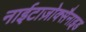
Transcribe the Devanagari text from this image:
नाईटाज़ोक्सैनाइड